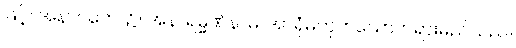
ဖြင့်။ အနာဂတေ၊ ၌။ အနာရမ္မဏံနာမ၊ အာရုံမဟုတ်သောတရားမည်သည်။